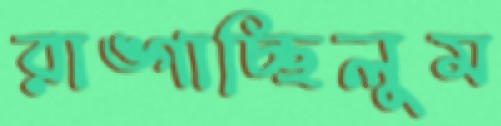
রাঙ্গাচ্ছিলুম